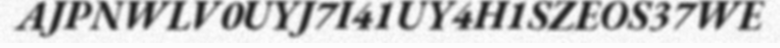
AJPNWLV0UYJ7I41UY4H1SZEOS37WE